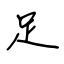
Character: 足